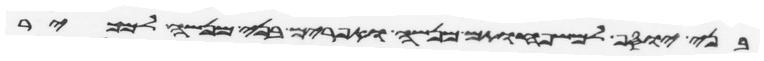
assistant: בני יוסף למשפחותם מנשה ואפרים בני מנשה למכיר